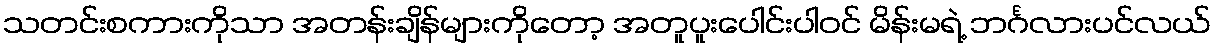
သတင်းစကားကိုသာ အတန်းချိန်များကိုတော့ အတူပူးပေါင်းပါဝင် မိန်းမရဲ့ ဘင်္ဂလားပင်လယ်